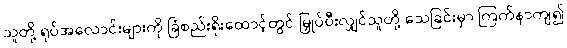
သူတို့ ရုပ်အလောင်းများကို ခြံစည်းရိုးထောင့်တွင် မြှုပ်ပီးလျှင်သူတို့ သေခြင်းမှာ ကြက်နာကျ၍